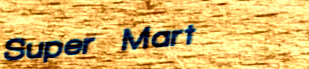
Super Mart